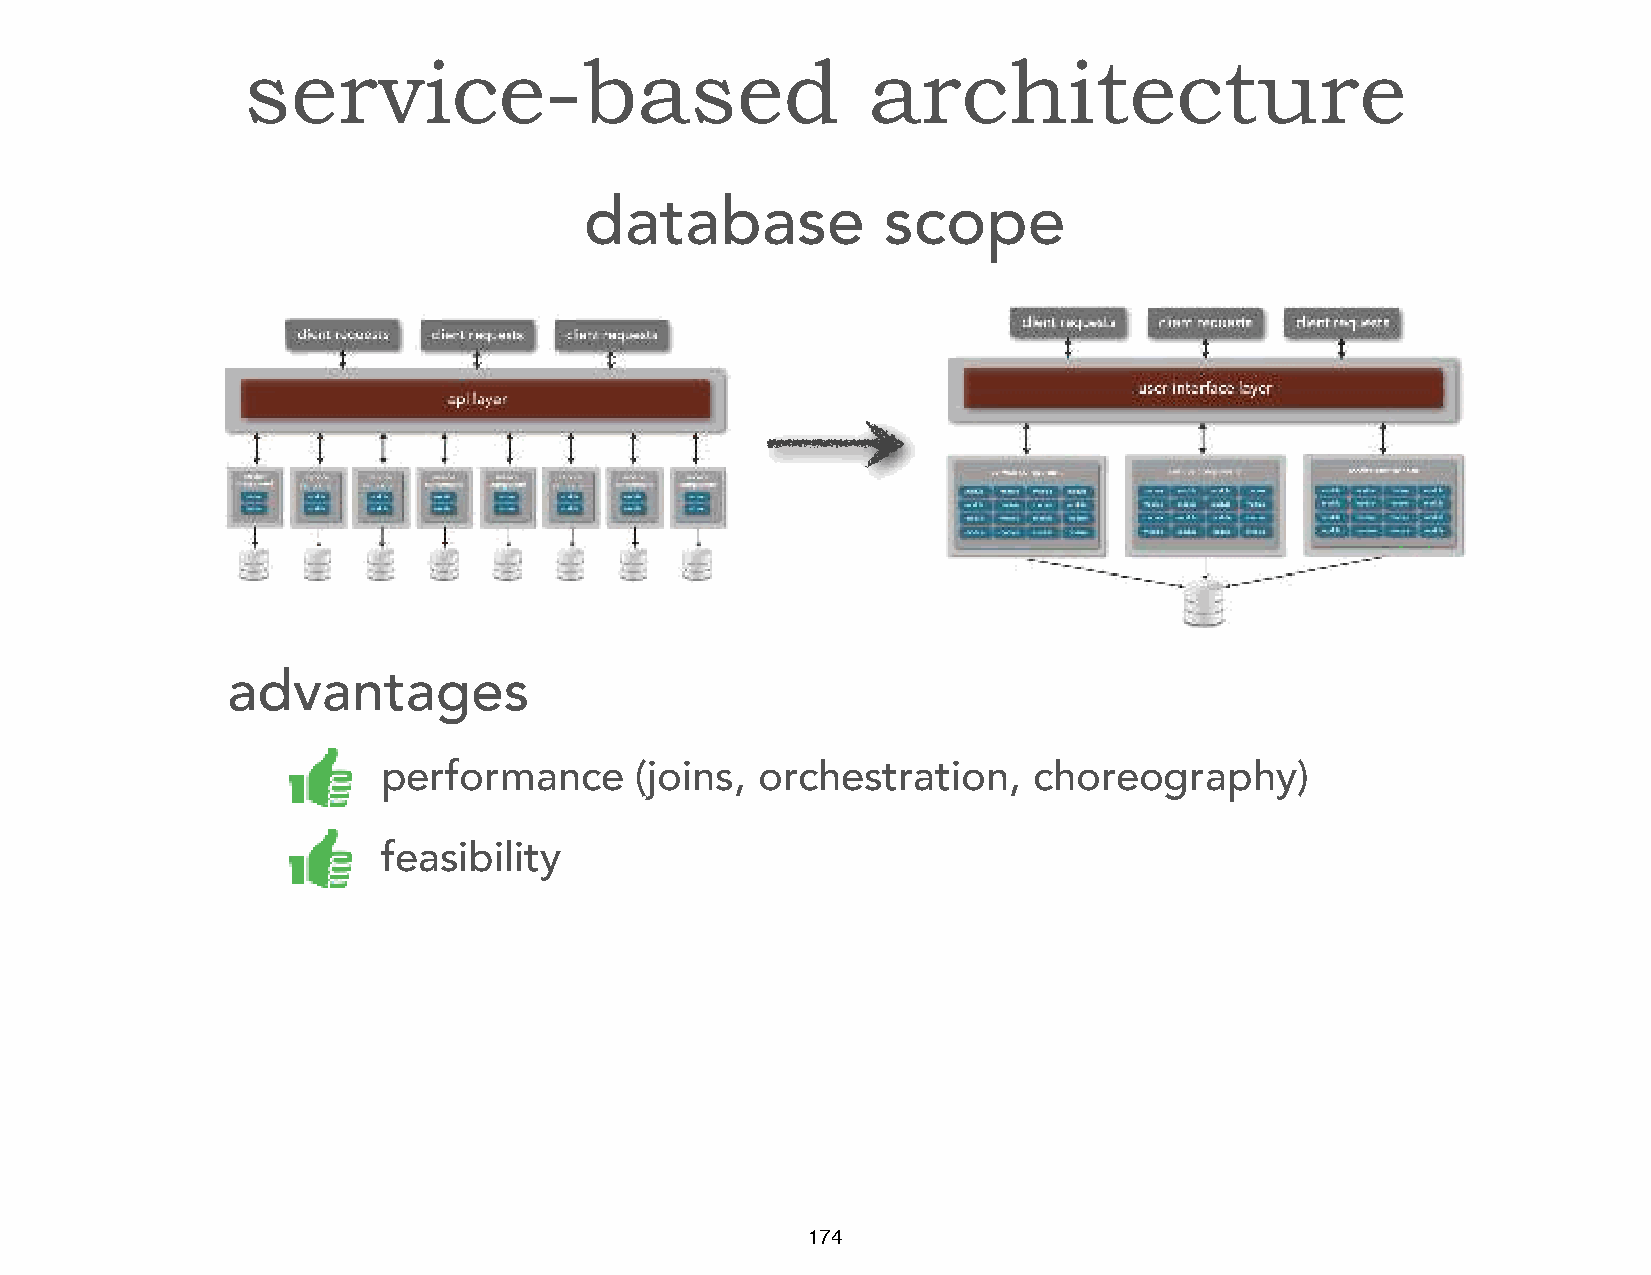
service-based                            architecture
 database           scope
 advantages
 performance      (joins, orchestration,    choreography)
 feasibility
 174